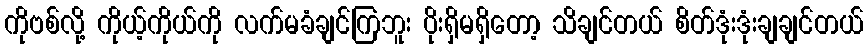
ကိုဗစ်လို့ ကိုယ့်ကိုယ်ကို လက်မခံချင်ကြဘူး ပိုးရှိမရှိတော့ သိချင်တယ် စိတ်ဒုံးဒုံးချချင်တယ်